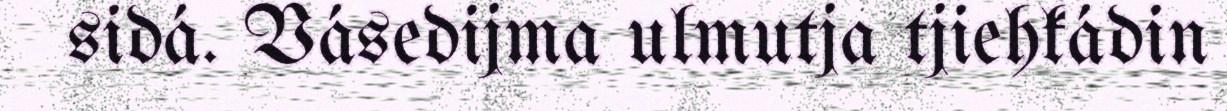
sidá. Vásedijma ulmutja tjiehkádin